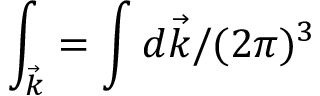
\int _ { \vec { k } } = \int d \vec { k } / ( 2 \pi ) ^ { 3 }